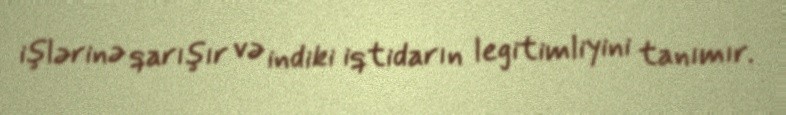
işlərinə qarışır və indiki iqtidarın legitimliyini tanımır.